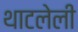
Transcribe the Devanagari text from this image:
थाटलेली